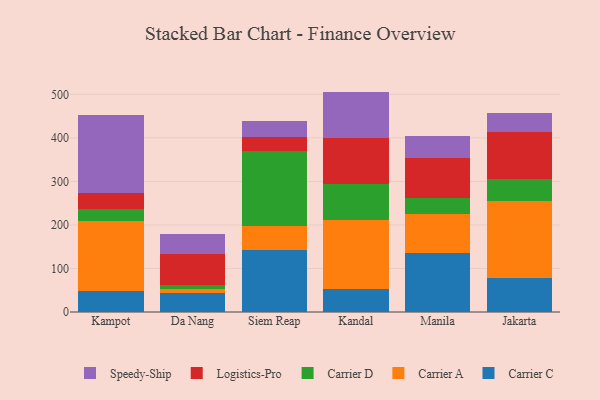
{"axis": {"x": "City", "y": "Bounce Rate (%)"}, "legend": ["Carrier A", "Carrier C", "Carrier D", "Logistics-Pro", "Speedy-Ship"], "data": [{"x": "Kampot", "y": 47.5, "type": "Carrier C"}, {"x": "Kampot", "y": 162.1, "type": "Carrier A"}, {"x": "Kampot", "y": 27.7, "type": "Carrier D"}, {"x": "Kampot", "y": 36.7, "type": "Logistics-Pro"}, {"x": "Kampot", "y": 178.7, "type": "Speedy-Ship"}, {"x": "Da Nang", "y": 44.4, "type": "Carrier C"}, {"x": "Da Nang", "y": 7.6, "type": "Carrier A"}, {"x": "Da Nang", "y": 9.7, "type": "Carrier D"}, {"x": "Da Nang", "y": 71.5, "type": "Logistics-Pro"}, {"x": "Da Nang", "y": 45.8, "type": "Speedy-Ship"}, {"x": "Siem Reap", "y": 142.9, "type": "Carrier C"}, {"x": "Siem Reap", "y": 55.6, "type": "Carrier A"}, {"x": "Siem Reap", "y": 170.4, "type": "Carrier D"}, {"x": "Siem Reap", "y": 32.1, "type": "Logistics-Pro"}, {"x": "Siem Reap", "y": 37.3, "type": "Speedy-Ship"}, {"x": "Kandal", "y": 53.1, "type": "Carrier C"}, {"x": "Kandal", "y": 157.2, "type": "Carrier A"}, {"x": "Kandal", "y": 83.3, "type": "Carrier D"}, {"x": "Kandal", "y": 106.9, "type": "Logistics-Pro"}, {"x": "Kandal", "y": 105.8, "type": "Speedy-Ship"}, {"x": "Manila", "y": 135.3, "type": "Carrier C"}, {"x": "Manila", "y": 89.0, "type": "Carrier A"}, {"x": "Manila", "y": 37.2, "type": "Carrier D"}, {"x": "Manila", "y": 92.5, "type": "Logistics-Pro"}, {"x": "Manila", "y": 50.9, "type": "Speedy-Ship"}, {"x": "Jakarta", "y": 77.9, "type": "Carrier C"}, {"x": "Jakarta", "y": 176.2, "type": "Carrier A"}, {"x": "Jakarta", "y": 52.1, "type": "Carrier D"}, {"x": "Jakarta", "y": 107.8, "type": "Logistics-Pro"}, {"x": "Jakarta", "y": 42.1, "type": "Speedy-Ship"}]}